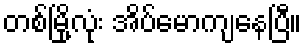
တစ်မြို့လုံး အိပ်မောကျနေပြီ။